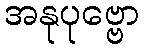
အနုပုဗ္ဗော